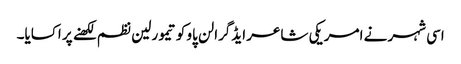
اسی شہر نے امریکی شاعر ایڈگرالن پاو کو تیمورلین نظم لکھنے پر اکسایا۔